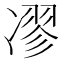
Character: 𠗽